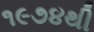
૧૯૭૪થી